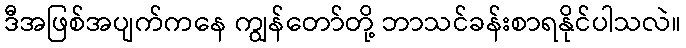
ဒီအဖြစ်အပျက်ကနေ ကျွန်တော်တို့ ဘာသင်ခန်းစာရနိုင်ပါသလဲ။